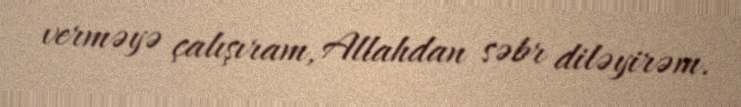
verməyə çalışıram, Allahdan səbr diləyirəm.